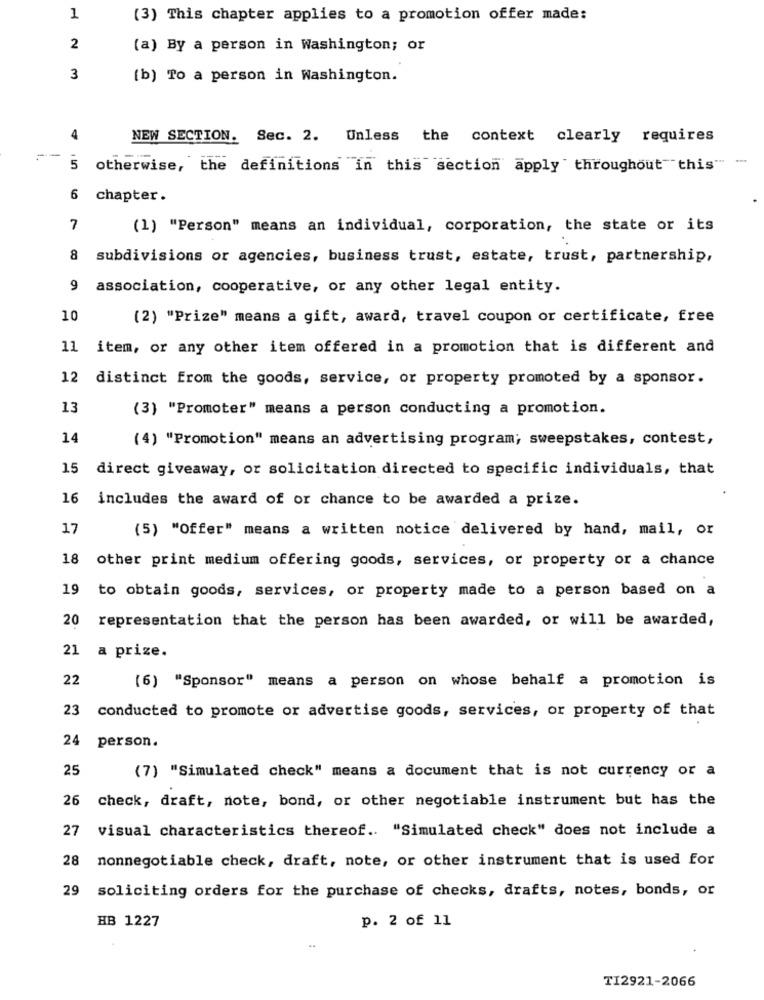
1
(3) This chapter applies to a promotion offer made:
2
(a) By a person in Washington; or
3
(b) To a person in Washington.
4
NEW SECTION. Sec. 2. Unless the context clearly requires
---
5 otherwise, the definitions in this section apply " throughout this"
6 chapter.
7
(1) "Person" means an individual, corporation, the state or its
8 subdivisions or agencies, business trust, estate, trust, partnership,
9
association, cooperative, or any other legal entity.
10
(2) "Prize" means a gift, award, travel coupon or certificate, free
11 item, or any other item offered in a promotion that is different and
12 distinct from the goods, service, or property promoted by a sponsor.
13
(3) "Promoter" means a person conducting a promotion.
14
(4) "Promotion" means an advertising program; sweepstakes, contest,
15
direct giveaway, or solicitation directed to specific individuals, that
16
includes the award of or chance to be awarded a prize.
17
(5) "Offer" means a written notice delivered by hand, mail, or
18 other print medium offering goods, services, or property or a chance
19
to obtain goods, services, or property made to a person based on a
20 representation that the person has been awarded, or will be awarded,
21 a prize.
22
(6) "Sponsor" means a person on whose behalf a promotion is
23
conducted to promote or advertise goods, services, or property of that
24 person.
25
(7) "Simulated check" means a document that is not currency or a
26
check, draft, note, bond, or other negotiable instrument but has the
27
visual characteristics thereof .. "Simulated check" does not include a
28
nonnegotiable check, draft, note, or other instrument that is used for
soliciting orders for the purchase of checks, drafts, notes, bonds, or
HB 1227
p. 2 of 11
TI2921-2066